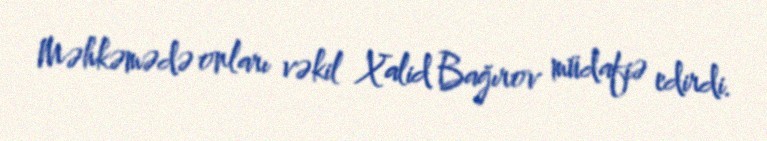
Məhkəmədə onları vəkil Xalid Bağırov müdafiə edirdi.